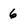
Character: 6